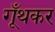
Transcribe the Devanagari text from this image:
गूँथकर